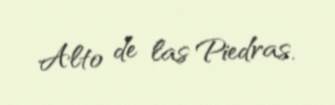
Alto de las Piedras.